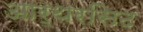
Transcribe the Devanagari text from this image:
आर्थरसिट